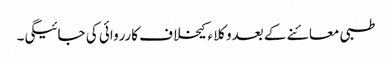
طبی معائنے کے بعدوکلا ء کیخلاف کارروائی کی جائیگی۔